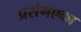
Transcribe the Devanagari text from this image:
प्रसंगएका